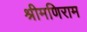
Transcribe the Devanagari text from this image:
श्रीमणिराम